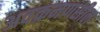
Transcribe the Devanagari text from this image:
अवक्रमणसील